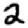
Digit: 2